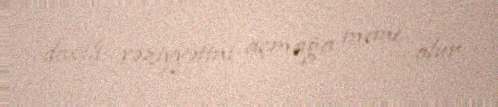
daxili vəziyyətini açmağa mane olur.